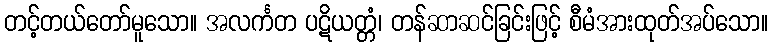
တင့်တယ်တော်မူသော။ အလင်္ကတ ပဋိယတ္တံ၊ တန်ဆာဆင်ခြင်းဖြင့် စီမံအားထုတ်အပ်သော။